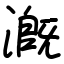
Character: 漑